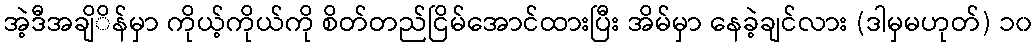
အဲ့ဒီအချိိန်မှာ ကိုယ့်ကိုယ်ကို စိတ်တည်ငြိမ်အောင်ထားပြီး အိမ်မှာ နေခဲ့ချင်လား (ဒါမှမဟုတ်) ၁၀